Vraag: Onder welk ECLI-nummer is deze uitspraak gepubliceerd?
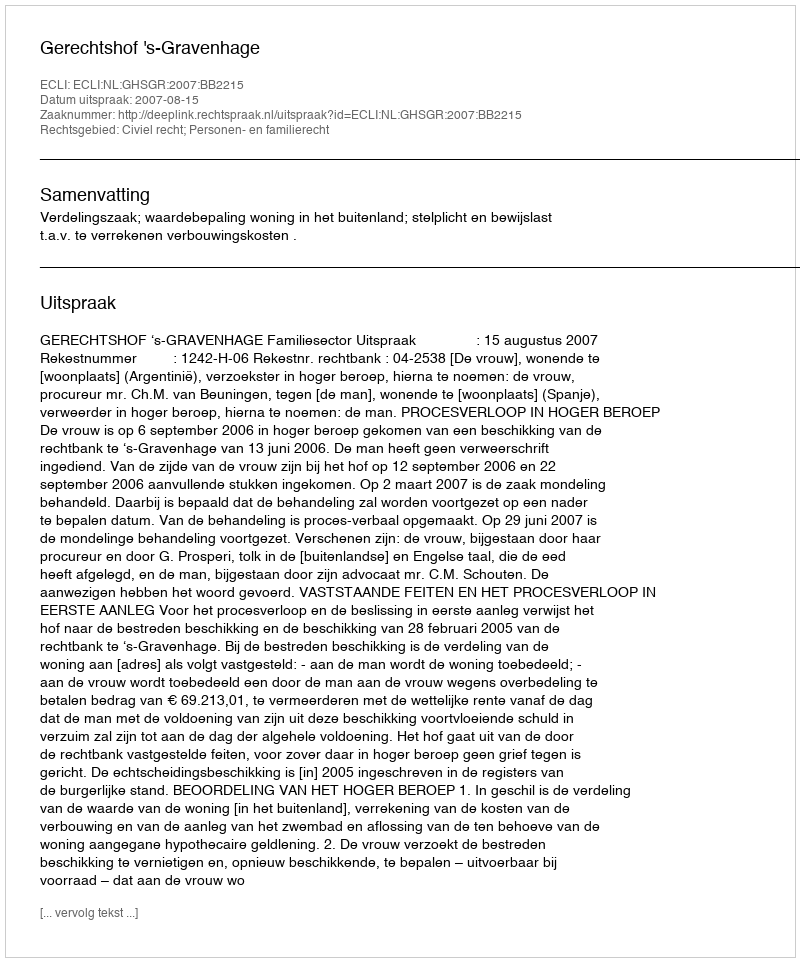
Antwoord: ECLI:NL:GHSGR:2007:BB2215